Sketch of the medical history of the native army of Bombay, for the year
Year: 1875
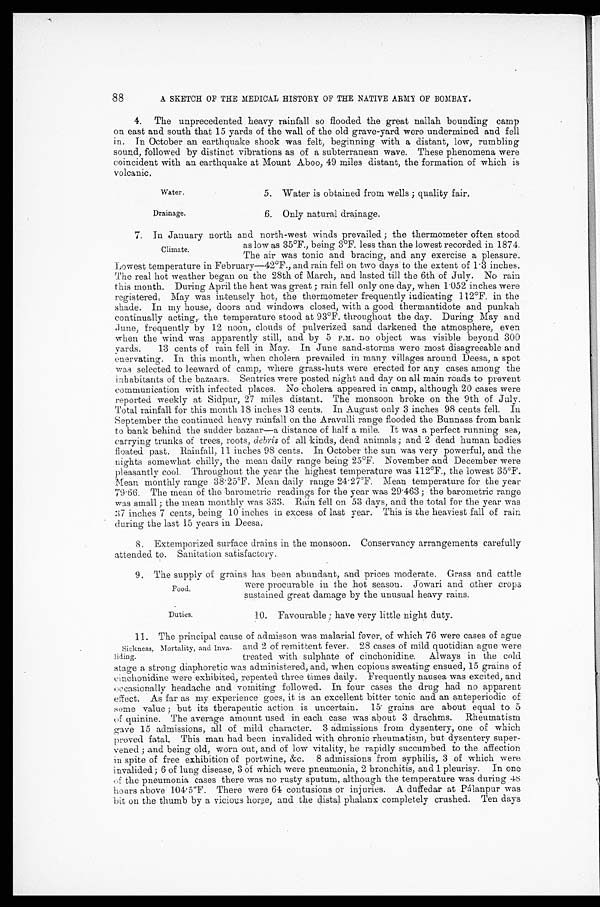
Water.
Drainage.
Food.
Duties.
88
A SKETCH OF THE MEDICAL HISTORY OF THE NATIVE ARMY OF BOMBAY.
4. The unprecedented heavy rainfall so flooded the great nallah bounding camp
on east and south that 15 yards of the wall of the old grave-yard were undermined and fell
in. In October an earthquake shock was felt, beginning with a distant, low, rumbling
sound, followed by distinct vibrations as of a subterranean wave. These phenomena were
coincident with an earthquake at Mount Aboo, 49 miles distant, the formation of which is
volcanic.
5. Water is obtained from wells; quality fair.
6. Only natural drainage.
7. In January north and north-west winds prevailed; the thermometer often stood
as low as 35°F., being 3°F. less than the lowest recorded in 1874.
The air was tonic and bracing, and any exercise a pleasure.
Lowest temperature in February—42°F., and rain fell on two days to the extent of 1.3 inches.
The real hot weather began on the 28th of March, and lasted till the 6th of July. No rain
this month. During April the heat was great; rain fell only one day, when 1.052 inches were
registered. May was intensely hot, the thermometer frequently indicating 112°F. in the
shade. In my house, doors and windows closed, with a good thermantidote and punkah
continually acting, the temperature stood at 93°F. throughout the day. During May and
June, frequently by 12 noon, clouds of pulverized sand darkened the atmosphere, even
when the wind was apparently still, and by 5 P.M. no object was visible beyond 300
yards. 13 cents of rain fell in May. In June sand-storms were most disagreeable and
enervating. In this month, when cholera prevailed in many villages around Deesa, a spot
was selected to leeward of camp, where grass-huts were erected for any cases among the
inhabitants of the bazaars. Sentries were posted night and day on all main roads to prevent
communication with infected places. No cholera appeared in camp, although 20 cases were
reported weekly at Sidpur, 27 miles distant. The monsoon broke on the 9th of July.
Total rainfall for this month 18 inches 13 cents. In August only 3 inches 98 cents fell. In
September the continued heavy rainfall on the Aravulli range flooded the Bunnass from bank
to bank behind the sudden bazaar—a distance of half a mile. It was a perfect running sea,
carrying trunks of trees, roots, debris of all kinds, dead animals; and 2 dead human bodies
floated past. Rainfall, 11 inches 98 cents. In October the sun was very powerful, and the
nights somewhat chilly, the mean daily range being 25°F. November and December were
pleasantly cool. Throughout the year the highest temperature was 112°F., the lowest 35°F.
Mean monthly range 38.25°F. Mean daily range 24.27°F. Mean temperature for the year
79.66. The mean of the barometric readings for the year was 29.463; the barometric range
was small; the mean monthly was 333. Rain fell on 53 days, and the total for the year was
37 inches 7 cents, being 10 inches in excess of last year. This is the heaviest fall of rain
during the last 15 years in Deesa.
8. Extemporized surface drains in the monsoon. Conservancy arrangements carefully
attended. to. Sanitation satisfactory.
9. The supply of grains has been abundant, and prices moderate. Grass and cattle
were procurable in the hot season. Jowari and other crops
sustained great damage by the unusual heavy rains.
10. Favourable; have very little night duty.
11. The principal cause of admisson was malarial fever, of which 76 were cases of ague
and 2 of remittent fever. 28 cases of mild quotidian ague were
treated with sulphate of cinchonidine. Always in the cold
stage a strong diaphoretic was administered, and, when copious sweating ensued, 15 grains of
cinchonidine were exhibited, repeated three times daily. Frequently nausea was excited, and
occasionally headache and vomiting followed. In four cases the drug had no apparent
effect. As far as my experience goes, it is an excellent bitter tonic and an anteperiodic of
some value; but its therapeutic action is uncertain. 15 grains are about equal to 5
of quinine. The average amount used in each case was about 3 drachms. Rheumatism
gave 15 admissions, all of mild character. 3 admissions from dysentery, one of which
proved fatal. This man had been invalided with chronic rheumatism, but dysentery super -
vened; and being old, worn out, and of low vitality, he rapidly succumbed to the affection
in spite of free exhibition of portwine, &c. 8 admissions from syphilis, 3 of which were
invalided; 6 of lung disease, 3 of which were pneumonia., 2 bronchitis, and 1 pleurisy. In one
the pneumonia cases there was no rusty sputum, although the temperature was during 48
hours above 104.5°F. There were 64 contusions or injuries. A duffedar at Pálanpur was
bit on the thumb by a vicious horse, and the distal phalanx completely crushed. Ten days
Climate.
Sickness, Mortality, and. inva
-
liding.